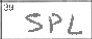
Transcription: SPL